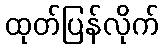
ထုတ်ပြန်လိုက်